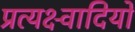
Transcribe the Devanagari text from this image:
प्रत्यक्ष्वादियों